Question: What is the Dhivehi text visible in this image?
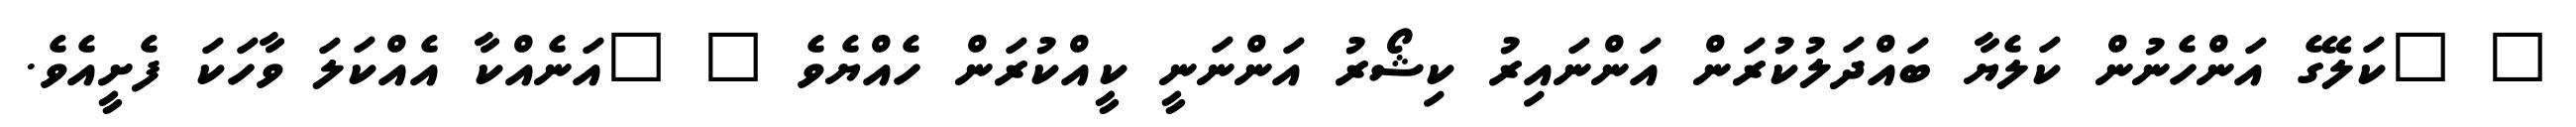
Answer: " "ކަލޭގެ އަންހެނުން ކަލެޔާ ބައްދަލުކުރަން އަންނައިރު ކިޝޯރު އަންނަނީ ކީއްކުރަން ހެއްޔެވެ " "އަނެއްކާ އެއްކަލަ ވާހަކަ ފެށީއެވެ.